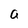
Character: a